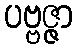
ပဗ္ဗဇ္ဇာ